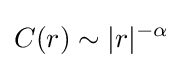
C(r)\sim |r|^{-\alpha }